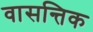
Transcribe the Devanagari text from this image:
वासन्तिक